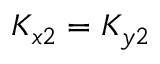
K _ { x 2 } = K _ { y 2 }